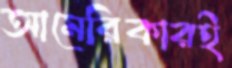
আমেরিকারই